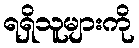
ရရှိသူများကို